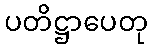
ပတိဋ္ဌာပေတု